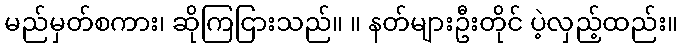
မည်မှတ်စကား၊ ဆိုကြငြားသည်။ ။ နတ်များဦးတိုင် ပဲ့လှည့်ထည်း။